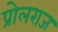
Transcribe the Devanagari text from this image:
प्रोलराज